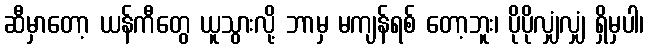
ဆီမှာတော့ ယန်ကီတွေ ယူသွားလို့ ဘာမှ မကျန်ရစ် တော့ဘူး၊ ပိုပိုလျှံလျှံ ရှိမှပါ၊